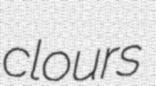
clours